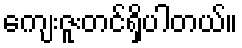
ကျေးဇူးတင်ရှိပါတယ်။